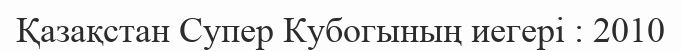
Қазақстан Супер Кубогының иегері : 2010